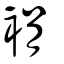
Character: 裐